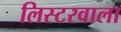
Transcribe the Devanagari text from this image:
लिस्टरवाला